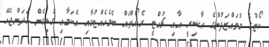
ކޯޓުގެ މުވައްޒަފުންގެ ޙާޟިރީ އާއި ޗުއްޓީ ރެކޯޑްތައް ބެލެހެއްޓުމާއި އެކަމާއި ގުޅިގެން ހަދަންޖެހޭ